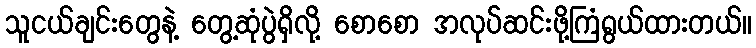
သူငယ်ချင်းတွေနဲ့ တွေ့ဆုံပွဲရှိလို့ စောစော အလုပ်ဆင်းဖို့ကြံရွယ်ထားတယ်။